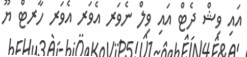
އައި ވިޝް ދެޓް އައި ވިލް ނެވަރ އެވަރ އެވަރ ހާރޓް ޔޫ